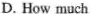
D. How much